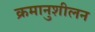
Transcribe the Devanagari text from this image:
क्रमानुशीलन